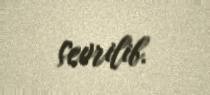
çevrilib.